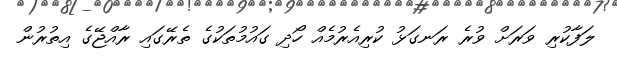
ލަފާކުރި ވަރަށް ވުރެ ރަނގަޅު ކުރިއެރުމެއް ހޯދި ގައުމުތަކުގެ ތެރޭގައި ރާއްޖޭގެ އިތުރުން